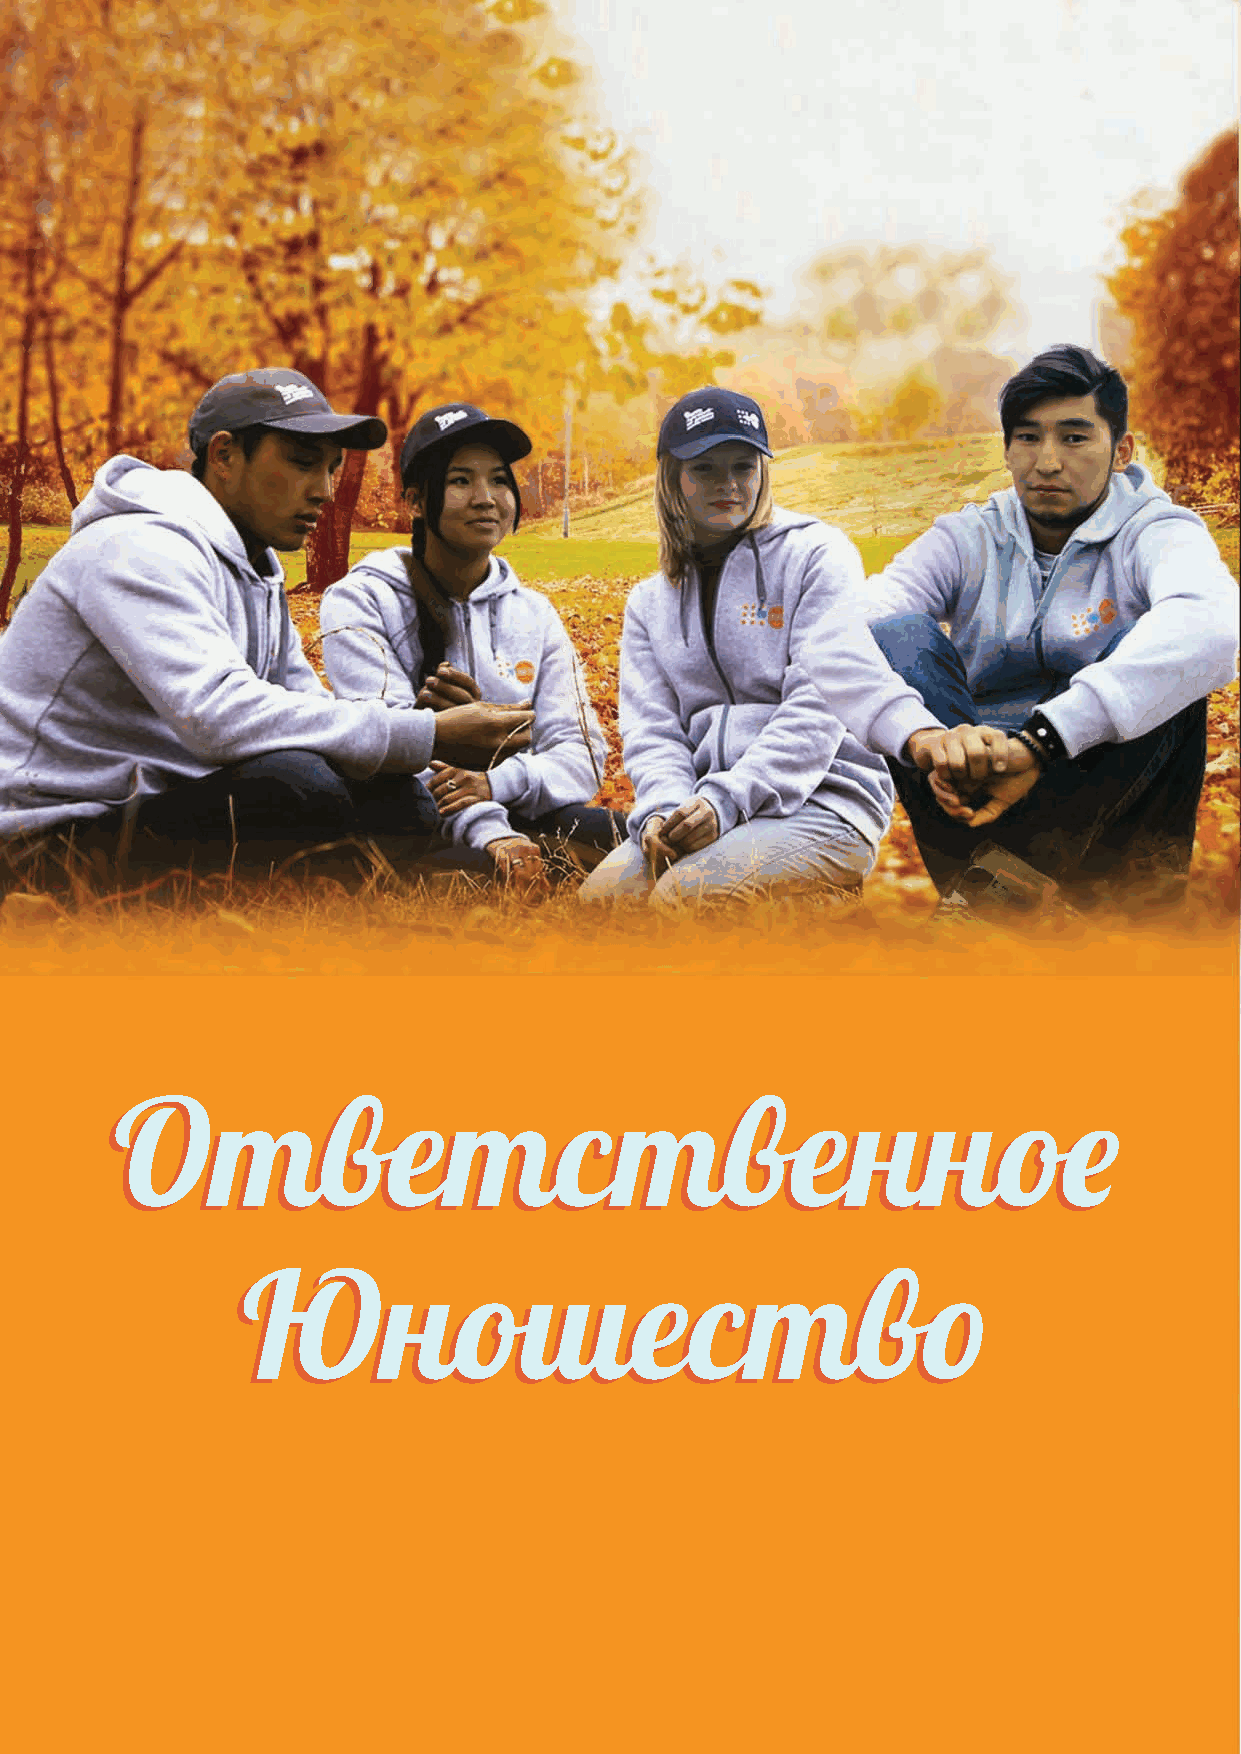
Ответственное
 Авторы и разработчики:   Дизайнер и верстка: Издано ОФ «ЦИДП» при под-
 Бакытов Тынчтык        Болотова Нурпери  держке Фонда ООН в области
 Бекназарова Мунара     Маткулов Дильшад   народонаселения (ЮНФПА)
 Усупова Жамыйла        Исабаева Назгуль  Издание не предназначено
 Тюлекова Толкун                          для продажи и распространя-
 ется бесплатно.
 Юношество                                                                                            Иллюстраторы и
 Фотографы:
 Редактор:
 Издано в 2017 году
 Новоселов Андрей
 Асанова Чинара
 Болотова Нурпери  Тираж 1000 экз.
 Шамшиев Азат
 Перевод:          Кубандык кызы Сырга
 Мендеева Аймира        Арген Адил уулу
 Жумабаева Гульбарчын
 Мнения и информация, опубликованные в настоящем журнале, принадлежат
 авторам и могут не отражать позицию ЮНФПА.
 2 Ой-жигит                                                                                                                                    Ой-жигит 3